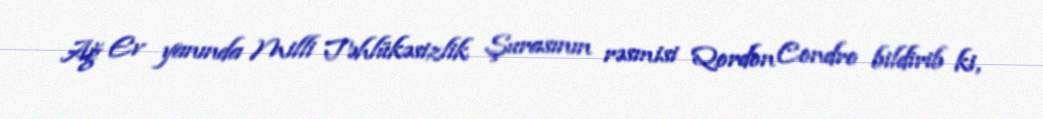
Ağ Ev yanında Milli Təhlükəsizlik Şurasının rəsmisi Qordon Condro bildirib ki,